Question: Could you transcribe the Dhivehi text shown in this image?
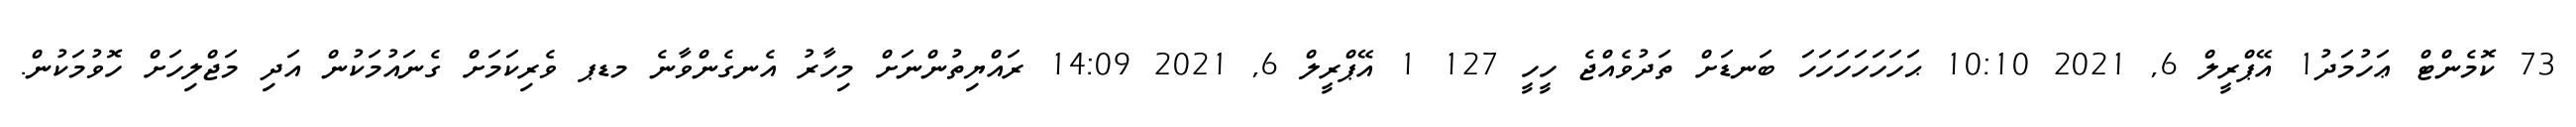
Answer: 73 ކޮމެންޓް ޢަހުމަދު1 އޭޕްރީލް 6, 2021 10:10 ޙަހަހަހަހަހަހަ ބަނޑަށް ތަދުވެއްޖެ ހީހީ 127 1 އޭޕްރީލް 6, 2021 14:09 ރައްޔިތުންނަށް މިހާރު އެނގެންވާނެ މޑޕ ވެރިކަމަށް ގެނައުމަކުން އަދި މަޖްލިހަށް ހޮވުމަކުން.